Annual administration report of the Civil Veterinary Department of India - 1910-1911
Year: 1910
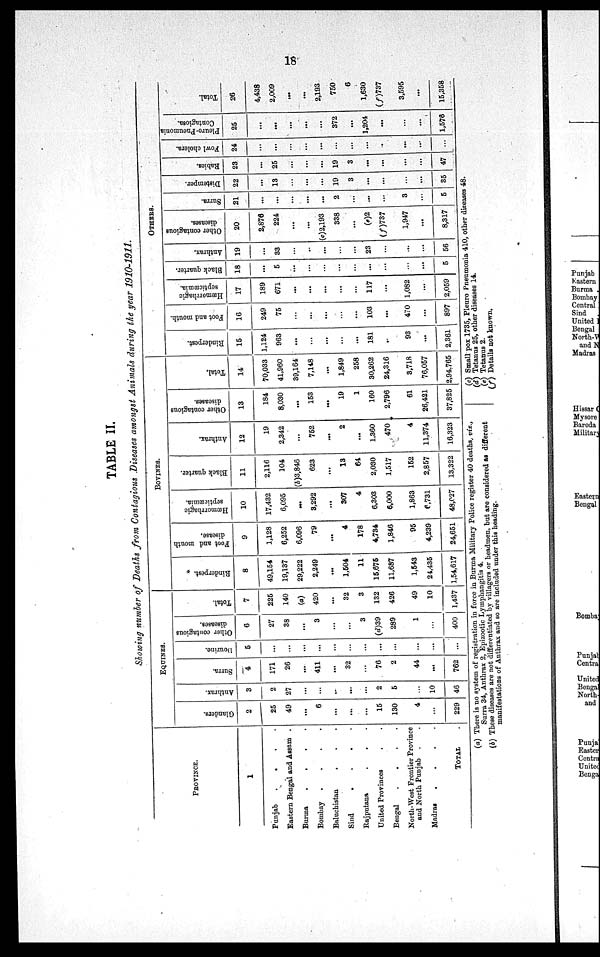
18
TABLE II.
Showing number of Deaths from Contagious Diseases amongst Animals during the year 1910-1911.
PROVINCE.
1
Punjab . . .
Eastern Bengal and Assam .
Burma . . . . .
Bombay
.
.
.
.
Baluchistan . . .
Sind
.
.
.
.
Rajputana . . . .
United Provinces . .
Bengal
.
.
.
.
North-West Frontier Province
and North Punjab . . .
Madras
.
.
.
.
TOTAL .
EQUINES.
Glanders.
2
25
49
...
6
...
...
...
15
130
4
...
229
Anthrax.
3
2
27
...
...
...
...
...
2
5
...
10
46
Surra.
4
171
26
...
411
...
32
...
76
2
44
...
762
Dourine.
5
...
...
...
...
...
...
...
...
...
...
...
...
Other contagious
diseases.
6
27
38
...
3
...
...
3
(d)39
289
1
...
400
Total.
7
225
140
(a)
420
...
32
3
132
426
49
10
1,437
BOVINES.
Rinderpest.
8
49,154
19,137
29,222
2,249
...
1,504
11
15,675
11,687
1,543
24,435
1,54,617
Foot and mouth
disease.
9
1,128
6,252
6,096
79
...
4
178
4,734
1,846
95
4,239
24,651
Hæmorrhagic
septicæmia.
10
17,432
6,095
...
3,292
...
307
4
6,303
6,000
1,863
6,731
48,027
Black quarter.
11
2,116
104
(b)3,846
623
...
13
64
2,030
1,517
152
2,857
13,322
Anthrax.
12
19
2,342
...
752
...
2
...
1,360
470
4
11,374
16,323
Other contagious
diseases.
13
184
8,030
...
153
...
19
1
160
2,796
61
26,421
37,825
Total.
14
70,033
41,960
39,164
7,148
...
1,849
258
30,262
24,316
3,718
76,057
2,94,765
OTHERS.
Rinderpest.
15
1,124
963
...
...
...
...
...
181
...
93
...
2,361
Foot and mouth.
16
249
75
...
...
...
...
...
103
...
470
...
897
Hæmorrhagic
septicæmia.
17
189
671
...
...
...
...
...
117
...
1,082
...
2,059
Black quarter.
18
...
5
...
...
...
...
...
...
...
...
...
5
Anthrax.
19
...
33
...
...
...
...
...
23
...
...
...
56
Other contagious
diseases.
20
2,876
224
...
...
(c) 2,193
338
...
(a)2
(f)737
1,947
...
8,317
Surra.
21
...
...
...
...
...
2
...
...
...
3
...
5
Distemper.
22
...
13
...
...
...
19
3
...
...
...
...
35
Rabies.
23
...
25
...
...
...
19
3
...
...
...
...
47
Fowl cholera.
24
...
...
...
...
...
...
...
...
...
...
...
...
Pleuro-Pneumonia
Contagiosa.
25
...
...
...
...
...
372
...
1,204
...
...
...
1,576
Total.
26
4,438
2,009
...
...
2,193
750
6
1,630
(f)737
3,595
...
15,358
(a) There is no system of registration in force in Burma Military Police register 40 deaths, viz.,
Surra 34, Anthrax 2, Epizootic Lymphangitis 4.
(b) These diseases are not differentiated by villagers or headmen, but are considered as different
manifestations of Anthrax and so are included under this heading.
(c) Small pox 1735, Pleuro Pneumonia 410, other diseases 48.
(d) Tetanus 25, other diseases 14.
(e) Tetanus 2.
(f) Details not known.